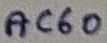
Text: AC60